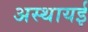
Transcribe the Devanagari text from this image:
अस्थायई